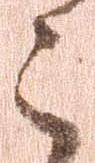
こ